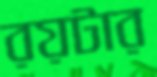
রয়টার